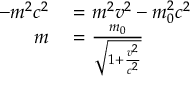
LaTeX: \begin{array} { r l } { - m ^ { 2 } c ^ { 2 } } & { { } = m ^ { 2 } v ^ { 2 } - m _ { 0 } ^ { 2 } c ^ { 2 } } \\ { m } & { { } = { \frac { m _ { 0 } } { \sqrt { 1 + { \frac { v ^ { 2 } } { c ^ { 2 } } } } } } } \end{array}